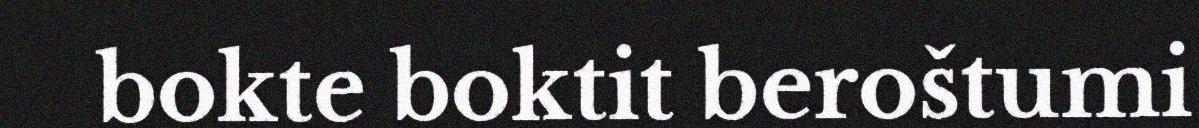
bokte boktit beroštumi